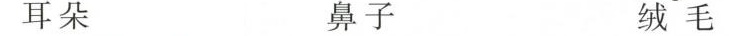
耳朵 鼻子 绒毛